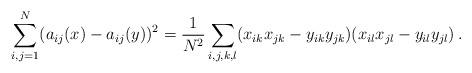
LaTeX: \begin{align*}\sum_{i,j=1}^N (a_{ij}(x)-a_{ij}(y))^2 &= \frac{1}{N^2}\sum_{i,j,k,l} (x_{ik}x_{jk}-y_{ik}y_{jk})(x_{il}x_{jl}-y_{il}y_{jl})\, .\end{align*}